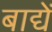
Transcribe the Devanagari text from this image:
बाद्यें